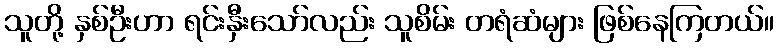
သူတို့ နှစ်ဦးဟာ ရင်းနှီးသော်လည်း သူစိမ်း တရံဆံများ ဖြစ်နေကြတယ်။